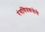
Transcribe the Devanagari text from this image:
रंगचित्रकलेचे